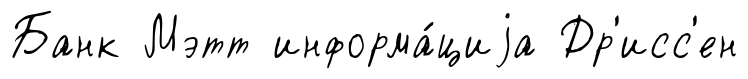
Банк Мэтт информа́циjа Др'исс'ен